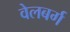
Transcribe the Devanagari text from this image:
वेलबर्ग